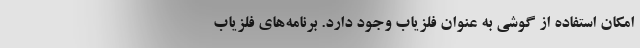
امکان استفاده از گوشی به عنوان فلزیاب وجود دارد. برنامه‌های فلزیاب